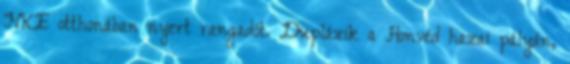
NKE otthonában nyert rangadót. Duplázik a Honvéd hazai pályán,